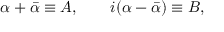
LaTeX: \alpha + \bar { \alpha } \equiv A , \qquad i ( \alpha - \bar { \alpha } ) \equiv B ,